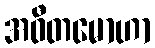
အဝီတမောဟာ